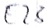
Text: E23